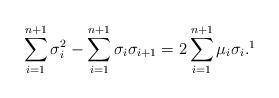
LaTeX: \begin{align*}\sum_{i=1}^{n+1}\sigma_i^2-\sum_{i=1}^{n+1}\sigma_i\sigma_{i+1}=2\sum_{i=1}^{n+1}\mu_i\sigma_i. \footnote{Conventionally, we set $\sigma_{\ell}=\sigma_i$ if $\ell\equiv i \ (\mathrm{mod} \ n+1)$. Therefore, $\sigma_{n+2}=\sigma_1$.}\end{align*}